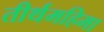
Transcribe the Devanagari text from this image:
तीर्थमहिमा